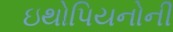
ઇથોપિયનોની